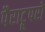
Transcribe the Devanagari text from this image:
पैराट्रूपरों